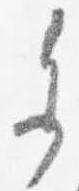
参